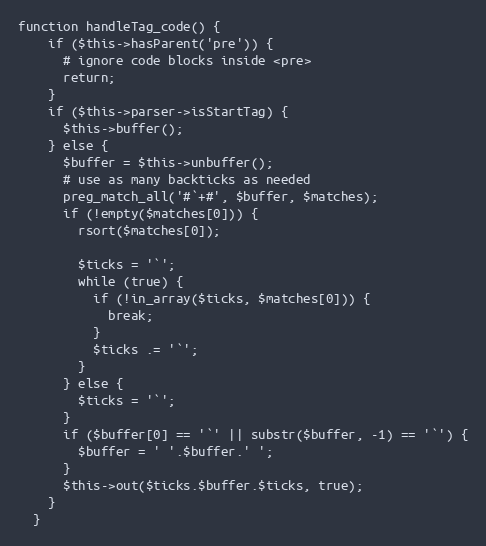
Language: PHP
function handleTag_code() {
    if ($this->hasParent('pre')) {
      # ignore code blocks inside <pre>
      return;
    }
    if ($this->parser->isStartTag) {
      $this->buffer();
    } else {
      $buffer = $this->unbuffer();
      # use as many backticks as needed
      preg_match_all('#`+#', $buffer, $matches);
      if (!empty($matches[0])) {
        rsort($matches[0]);

        $ticks = '`';
        while (true) {
          if (!in_array($ticks, $matches[0])) {
            break;
          }
          $ticks .= '`';
        }
      } else {
        $ticks = '`';
      }
      if ($buffer[0] == '`' || substr($buffer, -1) == '`') {
        $buffer = ' '.$buffer.' ';
      }
      $this->out($ticks.$buffer.$ticks, true);
    }
  }